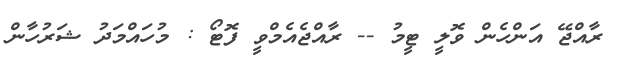
ރާއްޖޭ އަންހެން ވޮލީ ޓީމު -- ރާއްޖެއެމްވީ ފޮޓޯ : މުހައްމަދު ޝަރުހާން